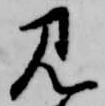
見